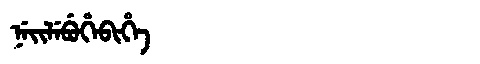
Manchu: ᠨᡝᡳᠯᡝᠪᡠᡥᡝᠪᡳᡥᡝ
Romanization: NEILEBUHEBIHE